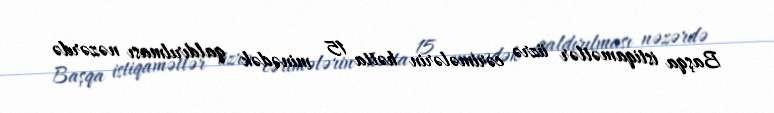
Başqa istiqamətlər üzrə cərimələrin hətta 15 minədək qaldırılması nəzərdə